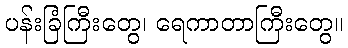
ပန်းခြံကြီးတွေ၊ ရေကာတာကြီးတွေ။